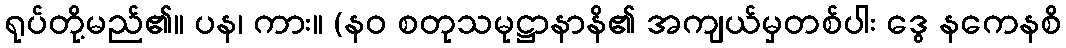
ရုပ်တို့မည်၏။ ပန၊ ကား။ (နဝ စတုသမုဋ္ဌာနာနိ၏ အကျယ်မှတစ်ပါး ဒွေ နကေနစိ